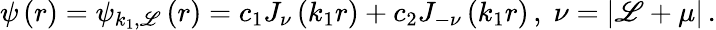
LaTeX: \psi\left(r\right)=\psi_{k_{1},\mathscr{L}}\left(r\right)=c_{1}J_{\nu}\left(k_{1}r\right)+c_{2}J_{-\nu}\left(k_{1}r\right)\, ,\; \nu=\left|\mathscr{L}+\mu\right|\, .